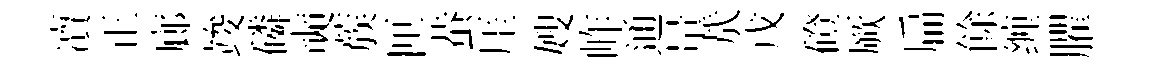
凟正廊竣磷奭蔟匣蛬厓嫂岞通量㢤戊磴厥扁餘缠臞